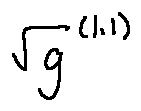
\sqrt { g } ^ { ( 1 . 1 ) }